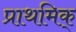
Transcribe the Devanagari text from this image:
प्राथमिक्